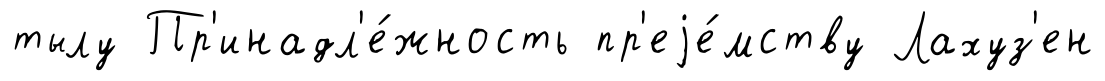
тылу Пр'инадл'е́жность пр'еjе́мству Лахуз'ен